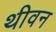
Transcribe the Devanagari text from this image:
थीवन